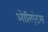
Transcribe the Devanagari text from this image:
ओरिएंटस